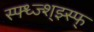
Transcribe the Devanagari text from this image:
स्फ्ध्ज्श्झ्स्फ्